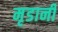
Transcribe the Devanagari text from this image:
मृडानी